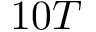
1 0 T